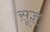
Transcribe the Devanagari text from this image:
सू़ज्ञ